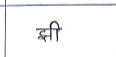
मजकूर: झी